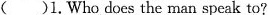
( )1.Who does the man speak to?